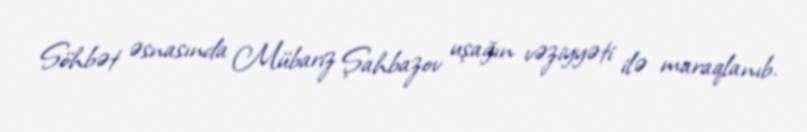
Söhbət əsnasında Mübariz Şahbazov uşağın vəziyyəti ilə maraqlanıb.